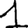
Digit: 1